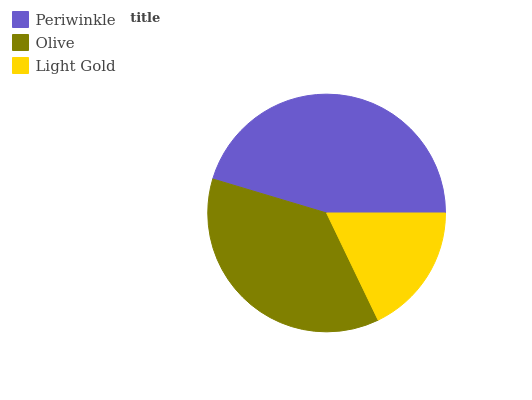
| Periwinkle | Olive | Light Gold |
 | --- | --- | --- |
 | 45.4% | 36.8% | 17.8% |